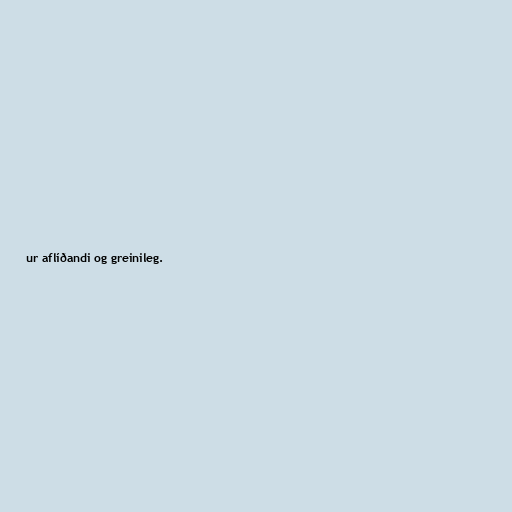
ur aflíðandi og greinileg.